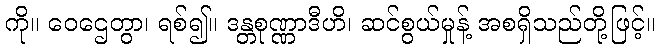
ကို။ ဝေဌေတွာ၊ ရစ်၍။ ဒန္တစုဏ္ဏာဒီဟိ၊ ဆင်စွယ်မှုန့် အစရှိသည်တို့ဖြင့်။